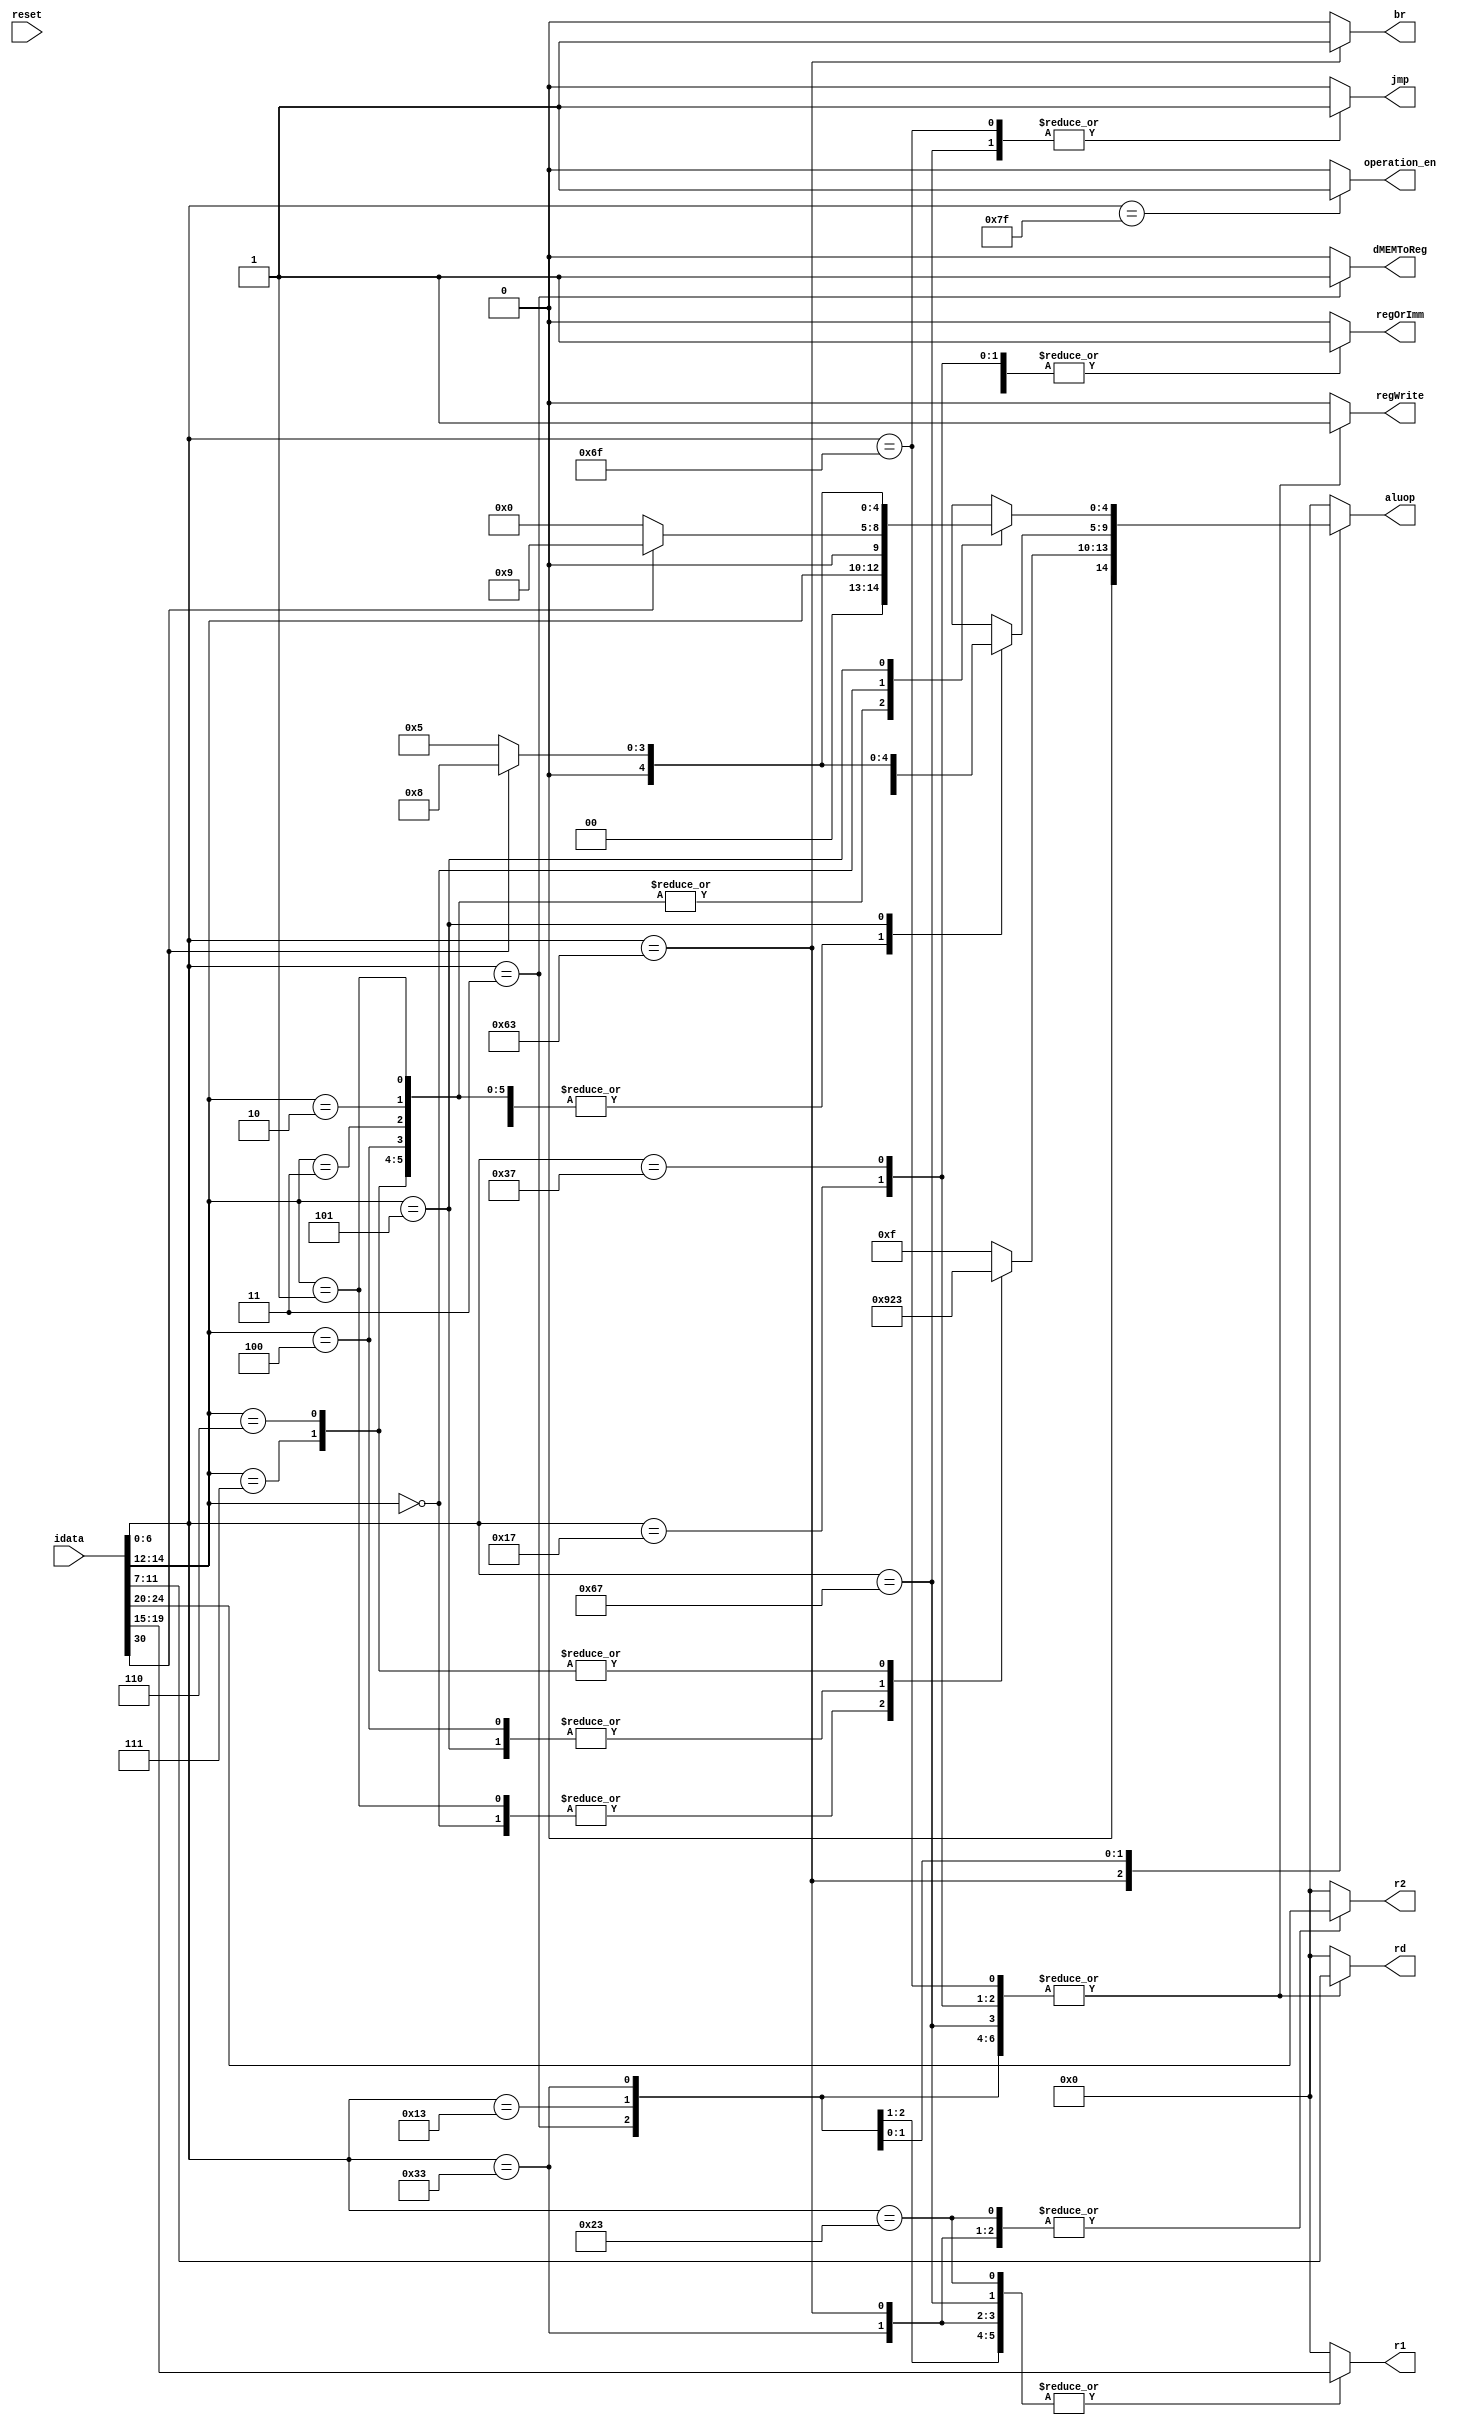
module control ( input reset,           // reset
				 input [31:0] idata,    // instruction
                 output dMEMToReg,      // read from dmem to write into register
				 output [4:0] aluop,    // ALU operations instructions
				 output [4:0] r1,       // register1 address
				 output [4:0] r2,       // register2 address
                 output [4:0] rd,       // regfile write address
                 output regOrImm,       // read from regfile or ALU
                 output regWrite,       // regfile write signal
				 output br,             // signal for branch
                 output jmp,             // signal for jump
				 output operation_en	//enable for matrix op
               );

    reg dMEMToReg, regOrImm, regWrite, br, jmp, operation_en;
    reg [4:0] aluop;
    reg [4:0] r1, r2, rd;

    always @(idata) begin
		case(idata[6:0])
			7'b0110111,
			7'b0010111: begin  //LUI and AUIPC
						dMEMToReg = 1'b0;
						aluop = 5'd0;
						r1 = 5'd0;
						r2 = 5'd0;
						rd = idata[11:7];
						regOrImm = 1'b1;
						regWrite = 1'b1;
						br = 1'b0;
						jmp = 1'b0;
						operation_en = 1'b0;
						end

			7'b1100011: begin  //BRANCH
						br = 1'b1;
						jmp = 1'b0;
						dMEMToReg = 1'b0;
						case(idata[14:12])
							0:   // BEQ
								aluop = 6'd9;
							1:   // BNE
								aluop = 6'd9;
							4:   // BLT
								aluop = 6'd2;
							5:   // BGE
								aluop = 6'd2;
							6:   // BLTU
								aluop = 6'd3;
							7:   // BGEU
								aluop = 6'd3;
							default:
								aluop = 6'd15;
						endcase
						r1 = idata[19:15];
						r2 = idata[24:20];
						rd = 5'd0;
						regOrImm = 1'b0;
						regWrite = 1'b0;
						operation_en = 1'b0;
						end

			7'b1101111: begin  //JAL
						br = 1'b0;
						jmp = 1'b1;
						dMEMToReg = 1'b0;
						aluop = 6'd0;
						r1 = 5'd0;
						r2 = 5'd0;
						rd = idata[11:7];
						regOrImm = 1'b0;
						regWrite = 1'b1;
						operation_en = 1'b0;
						end

			7'b1100111: begin  //JALR
						br = 1'b0;
						jmp = 1'b1;
						dMEMToReg = 1'b0;
						aluop = 6'd0;
						r1 = idata[19:15];
						r2 = 5'd0;
						rd = idata[11:7];
						regOrImm = 1'b0;
						regWrite = 1'b1;
						operation_en = 1'b0;
						end

			7'b0100011: begin  //STORE
						dMEMToReg = 1'b0;
						aluop = 5'd0;
						r1 = idata[19:15];
						r2 = idata[24:20];
						rd = 5'd0;
						regOrImm = 1'b1;
						regWrite = 1'b0;
						br = 1'b0;
						jmp = 1'b0;
						operation_en = 1'b0;
						end

			7'b0000011: begin  //LOAD
						dMEMToReg = 1'b1;
						aluop = 5'd0;
						r1 = idata[19:15];
						r2 = 5'd0;
						rd = idata[11:7];
						regOrImm = 1'b1;
						regWrite = 1'b1;
						br = 1'b0;
						jmp = 1'b0;
						operation_en = 1'b0;
						end		

			7'b0010011: begin  //IMMEDIATE
						dMEMToReg = 1'b0;
						case (idata[14:12])
							0,   // ADDI
							2,   // SLTI
							3,   // SLTU
							4,   // XORI
							6,   // ORI
							7:   // ANDI
								aluop = {2'd0, idata[14:12]};
							1:   // SLLI
								aluop = {2'd0, idata[14:12]};
							5:   // SRLI or SRAI
								aluop = (idata[30]) ? 5'd8:5'd5;
							default:
								aluop = {2'd0, idata[14:12]};
						endcase
						r1 = idata[19:15];
						r2 = 5'd0;
						rd = idata[11:7];
						regOrImm = 1'b1;
						regWrite = 1'b1;
						br = 1'b0;
						jmp = 1'b0;
						operation_en = 1'b0;
						end

			7'b0110011: begin  //ALU OPS
						dMEMToReg = 1'b0;
						case(idata[14:12])
							1,   // SLL
							2,   // SLT
							3,   // SLTU
							4,   // XOR
							6,   // OR
							7:   // AND
								aluop = {2'd0, idata[14:12]};
							0:   // ADD or SUB
								aluop = (idata[30]) ? 5'd9:5'd0;
							5:   // SRL or SRA
								aluop = (idata[30]) ? 5'd8:5'd5;
							default:
								aluop = {2'd0, idata[14:12]};
						endcase
						r1 = idata[19:15];
						r2 = idata[24:20];
						rd = idata[11:7];
						regOrImm = 1'b0;
						regWrite = 1'b1;
						br = 1'b0;
						jmp = 1'b0;
						operation_en = 1'b0;
						end
			7'b1111111:	begin  //Accelerator MM
						dMEMToReg = 1'b0;
						aluop = 5'd0;
						r1 = 5'd0;
						r2 = 5'd0;
						rd = 5'd0;
						regOrImm = 1'b0;
						regWrite = 1'b0;
						br = 1'b0;
						jmp = 1'b0;
						operation_en = 1'b1;
						end
				default: begin // everything is 0
						dMEMToReg = 1'b0;
						aluop = 5'd0;
						r1 = 5'd0;
						r2 = 5'd0;
						rd = 5'd0;
						regOrImm = 1'b0;
						regWrite = 1'b0;
						br = 1'b0;
						jmp = 1'b0;
						operation_en = 1'b0;
						end
			endcase
		end
endmodule